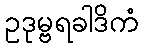
ဥဒုမ္ဗရခါဒိကံ